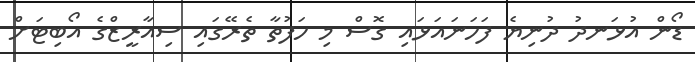
ޑޯން އުޅަނދު ދުނިޔެ ފަހަނައަޅައި ގޮސް މި ހަފުތާ ތެރޭގައި ސިއާރީޒްގެ އޯބިޓަށް